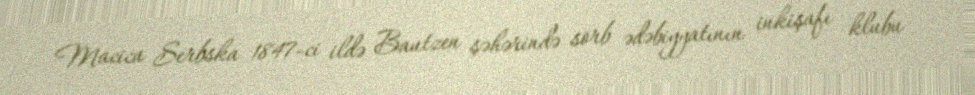
Macica Serbska 1847-ci ildə Bautzen şəhərində sorb ədəbiyyatının inkişafı klubu